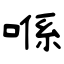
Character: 喺